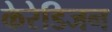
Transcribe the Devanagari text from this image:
केरेडिजन